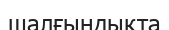
шалғындықта